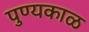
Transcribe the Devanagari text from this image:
पुण्यकाळ